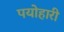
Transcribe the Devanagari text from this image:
पयोहारी